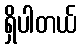
ရှိပါတယ်